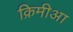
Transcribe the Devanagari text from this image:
क्रिमीआ